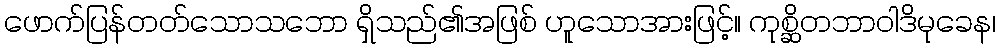
ဖောက်ပြန်တတ်သောသဘော ရှိသည်၏အဖြစ် ဟူသောအားဖြင့်။ ကုစ္ဆိတဘာဝါဒိမုခေန၊